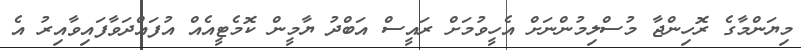
މިޔަންމާގެ ރޮހިންޖާ މުސްލިމުންނަށް އެހީވުމަށް ރައީސް އަބްދު ޔާމީން ކޮމެޓީއެއް އުފައްދަވާފައިވާއިރު އެ